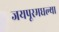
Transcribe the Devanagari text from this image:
जयपूरमधल्या